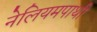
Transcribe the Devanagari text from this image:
नेलियमपाथी